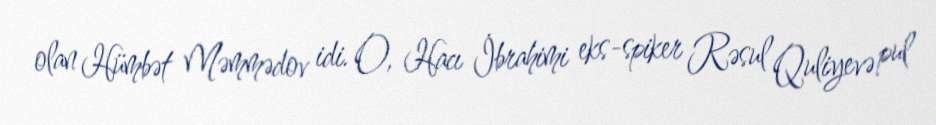
olan Hümbət Məmmədov idi. O, Hacı İbrahimi eks-spiker Rəsul Quliyevə pul